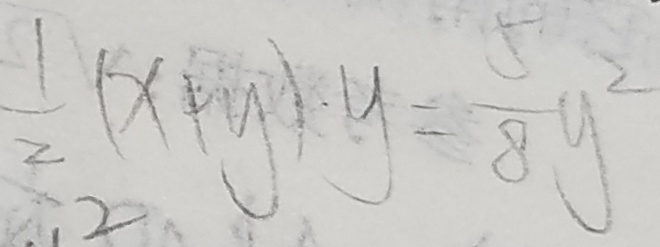
\frac { 1 } { 2 } ( x + y ) \cdot y = \frac { 5 } { 8 } y ^ { 2 }